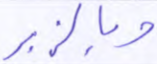
وبالزبر